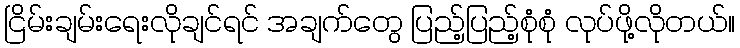
ငြိမ်းချမ်းရေးလိုချင်ရင် အချက်တွေ ပြည့်ပြည့်စုံစုံ လုပ်ဖို့လိုတယ်။